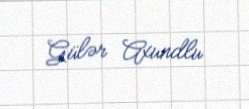
Gülər Axundlu